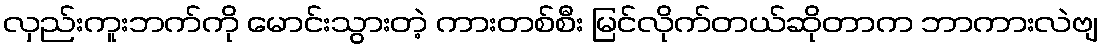
လှည်းကူးဘက်ကို မောင်းသွားတဲ့ ကားတစ်စီး မြင်လိုက်တယ်ဆိုတာက ဘာကားလဲဗျ